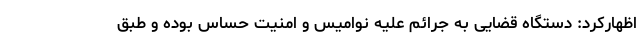
اظهارکرد: دستگاه قضایی به جرائم علیه نوامیس و امنیت حساس بوده و طبق